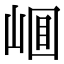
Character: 𡹎